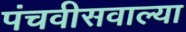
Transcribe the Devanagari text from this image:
पंचवीसवाल्या